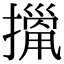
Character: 𢴫